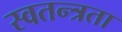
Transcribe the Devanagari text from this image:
स्‍वतन्त्रता